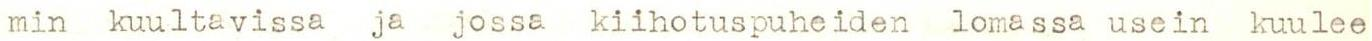
min kuultavissa ja jossa kiihotuspuheiden lomassa usein kuulee